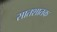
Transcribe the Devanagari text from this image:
सातशातक